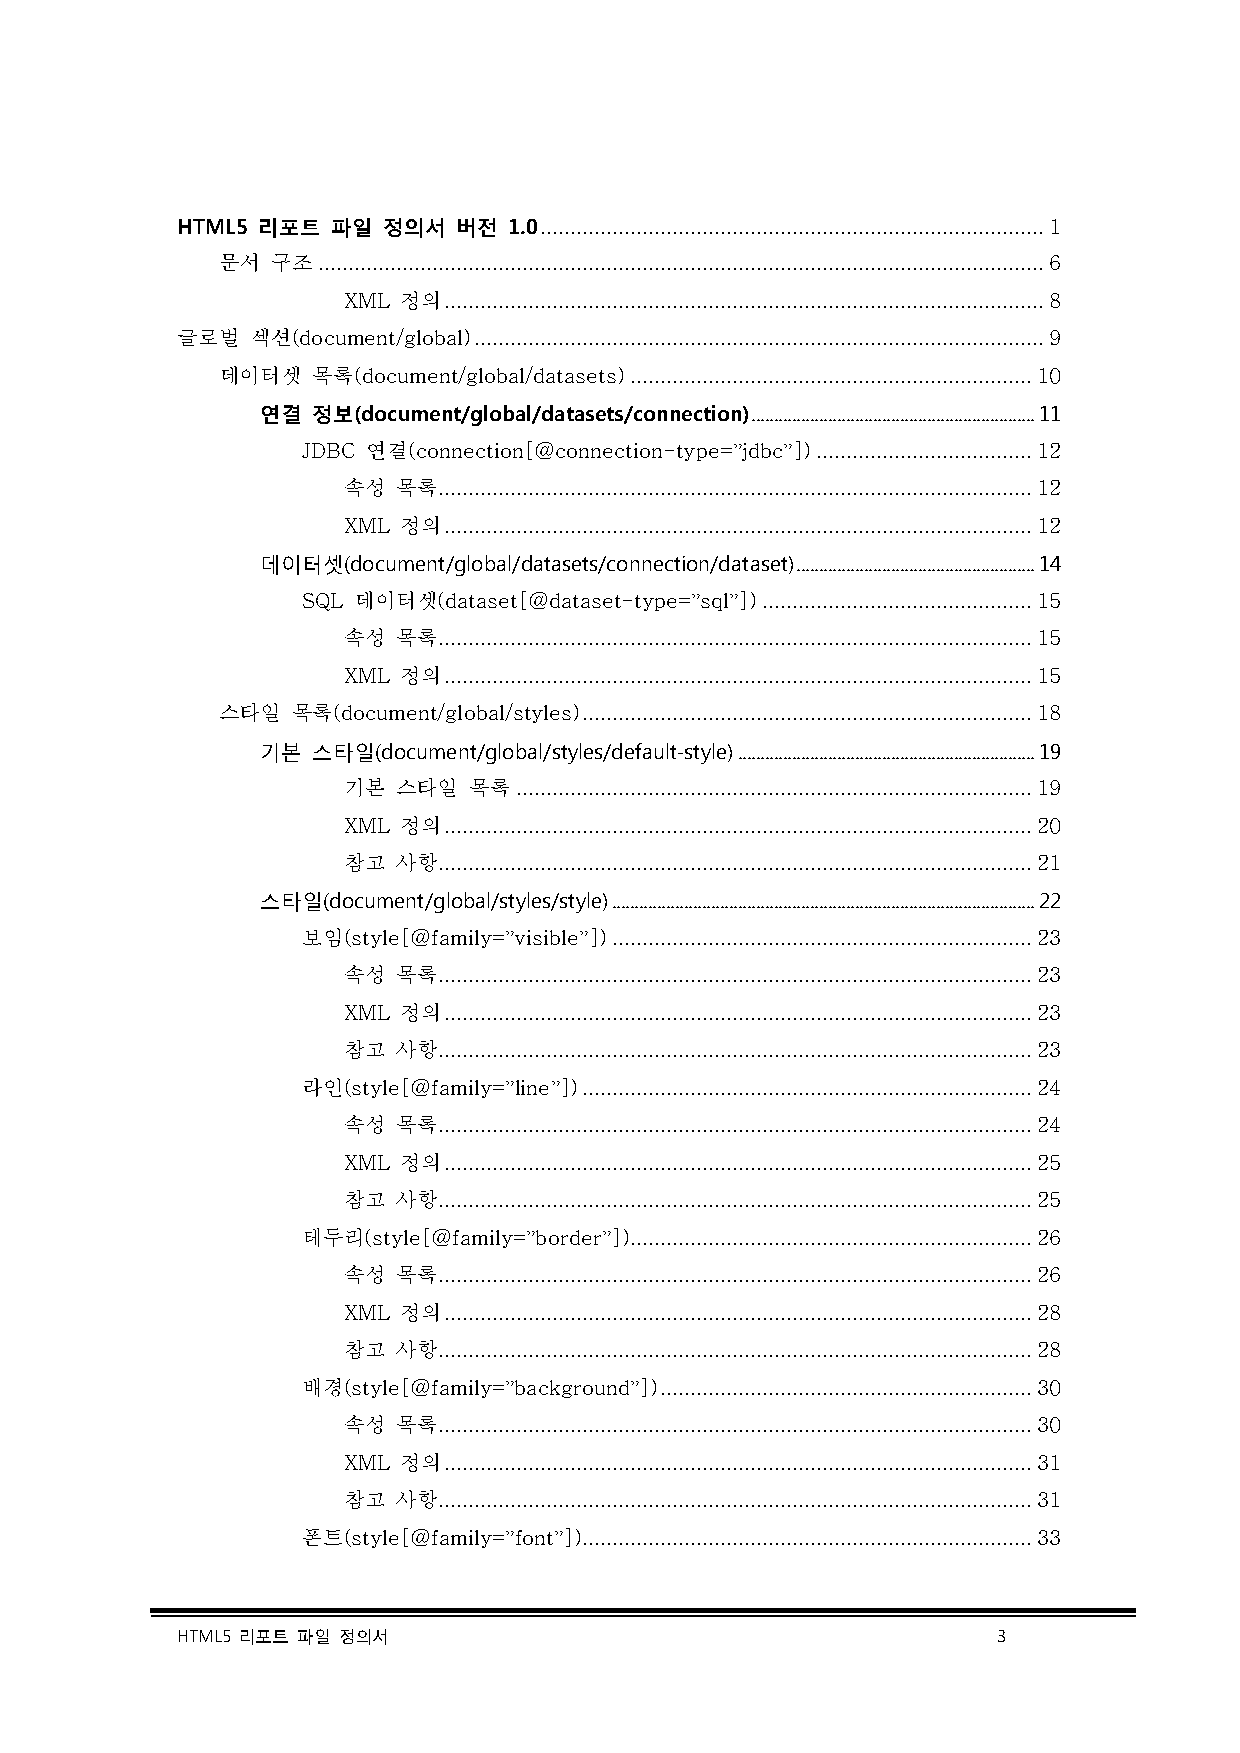
HTML5 리포트 파일 정의서  버전  1.0 .................................................................................... 1
 문서  구조 ......................................................................................................................... 6
 XML 정의 .................................................................................................... 8
 글로벌  섹션(document/global) ............................................................................................... 9
 데이터셋   목록(document/global/datasets) ................................................................... 10
 연결  정보(document/global/datasets/connection) ............................................................... 11
 JDBC 연결(connection[@connection-type=”jdbc”]) .................................... 12
 속성 목록................................................................................................... 12
 XML 정의 .................................................................................................. 12
 데이터셋(document/global/datasets/connection/dataset) ..................................................... 14
 SQL 데이터셋(dataset[@dataset-type=”sql”]) ............................................. 15
 속성 목록................................................................................................... 15
 XML 정의 .................................................................................................. 15
 스타일  목록(document/global/styles) ........................................................................... 18
 기본  스타일(document/global/styles/default-style) .................................................................. 19
 기본 스타일  목록 ...................................................................................... 19
 XML 정의 .................................................................................................. 20
 참고 사항................................................................................................... 21
 스타일(document/global/styles/style) .............................................................................................. 22
 보임(style[@family=”visible”]) ...................................................................... 23
 속성 목록................................................................................................... 23
 XML 정의 .................................................................................................. 23
 참고 사항................................................................................................... 23
 라인(style[@family=”line”]) ........................................................................... 24
 속성 목록................................................................................................... 24
 XML 정의 .................................................................................................. 25
 참고 사항................................................................................................... 25
 테두리(style[@family=”border”])................................................................... 26
 속성 목록................................................................................................... 26
 XML 정의 .................................................................................................. 28
 참고 사항................................................................................................... 28
 배경(style[@family=”background”]) .............................................................. 30
 속성 목록................................................................................................... 30
 XML 정의 .................................................................................................. 31
 참고 사항................................................................................................... 31
 폰트(style[@family=”font”]) ........................................................................... 33
 HTML5 리포트 파일 정의서                                      3